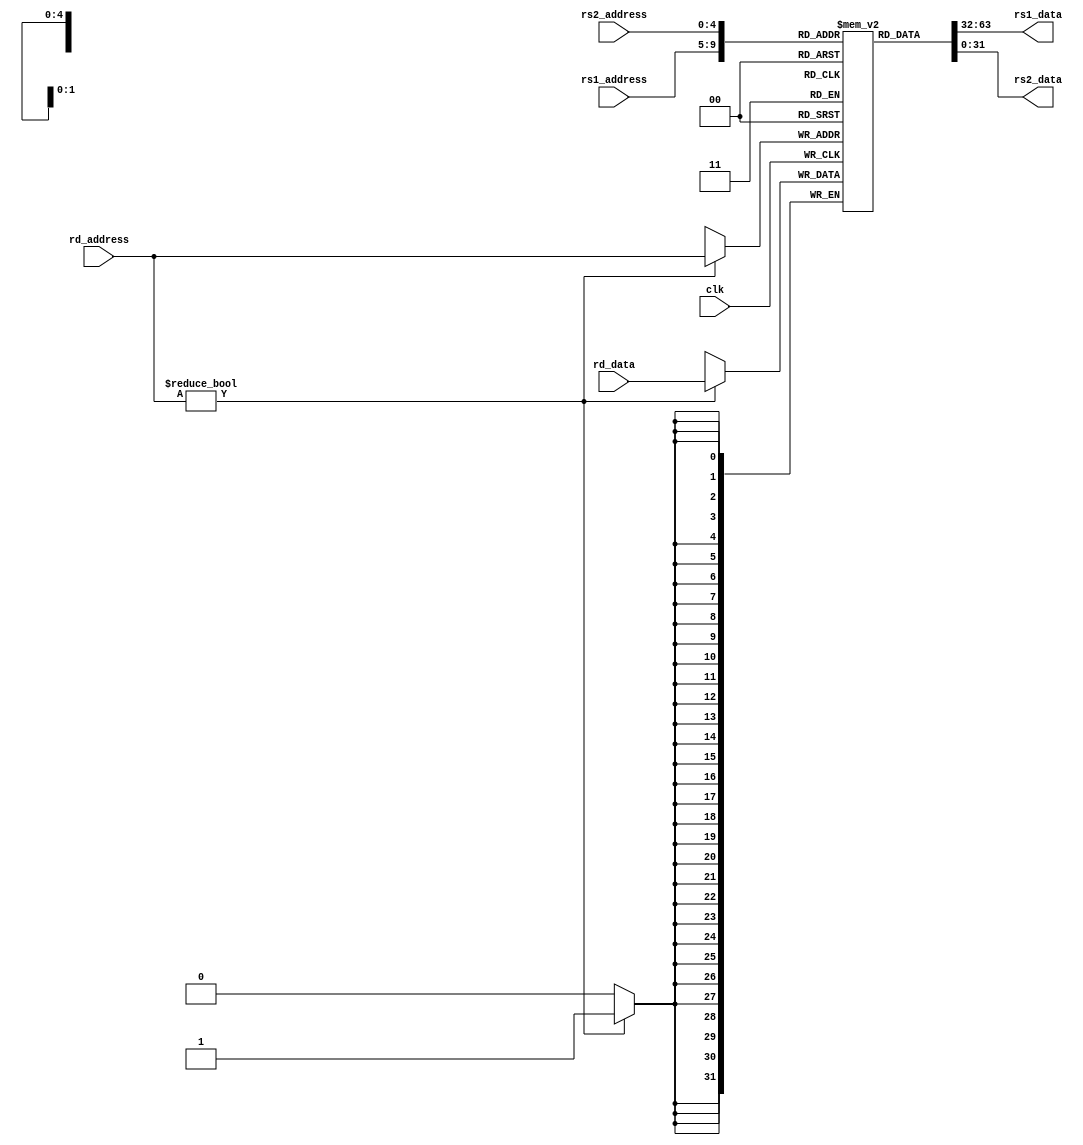
// This program was cloned from: https://github.com/hello-eternity/Cyberrio
// License: Apache License 2.0

module regfile (
    `ifdef USE_POWER_PINS
    inout vccd1,	// User area 1 1.8V supply
    inout vssd1,	// User area 1 digital ground
    `endif
    input clk,
    input [4:0] rs1_address,
    input [4:0] rs2_address,
    input [4:0] rd_address,
    input [31:0] rd_data,
    output reg [31:0] rs1_data,
    output reg [31:0] rs2_data
);

    // 32 registers, each 32 bits wide
    reg [31:0] registers [31:0];

    // Read data from the registers continuously
    always @(*) begin
        rs1_data = registers[rs1_address];
        rs2_data = registers[rs2_address];
    end

    // Write data to the registers on the rising edge of the clock
    // Note: Register 0 is hardwired to zero in RISC-V architecture, hence no data can be written into it
    always @(posedge clk) begin
        if(rd_address != 5'b00000) begin
            registers[rd_address] <= rd_data;
        end
    end
endmodule